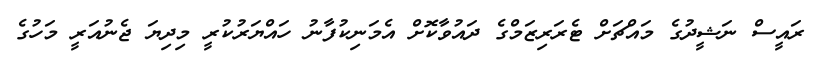
ރައީސް ނަޝީދުގެ މައްޗަށް ޓެރަރިޒަމްގެ ދައުވާކޮށް އެމަނިކުފާނު ހައްޔަރުކުރީ މިދިޔަ ޖެނުއަރީ މަހުގެ